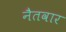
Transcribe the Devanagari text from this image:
नैतवार